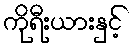
ကိုရီးယားနှင့်